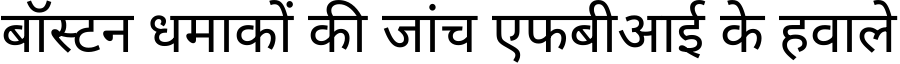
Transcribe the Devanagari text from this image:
बॉस्टन धमाकों की जांच एफबीआई के हवाले